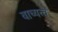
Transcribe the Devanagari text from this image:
वाच्यत्व